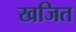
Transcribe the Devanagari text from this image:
खजित